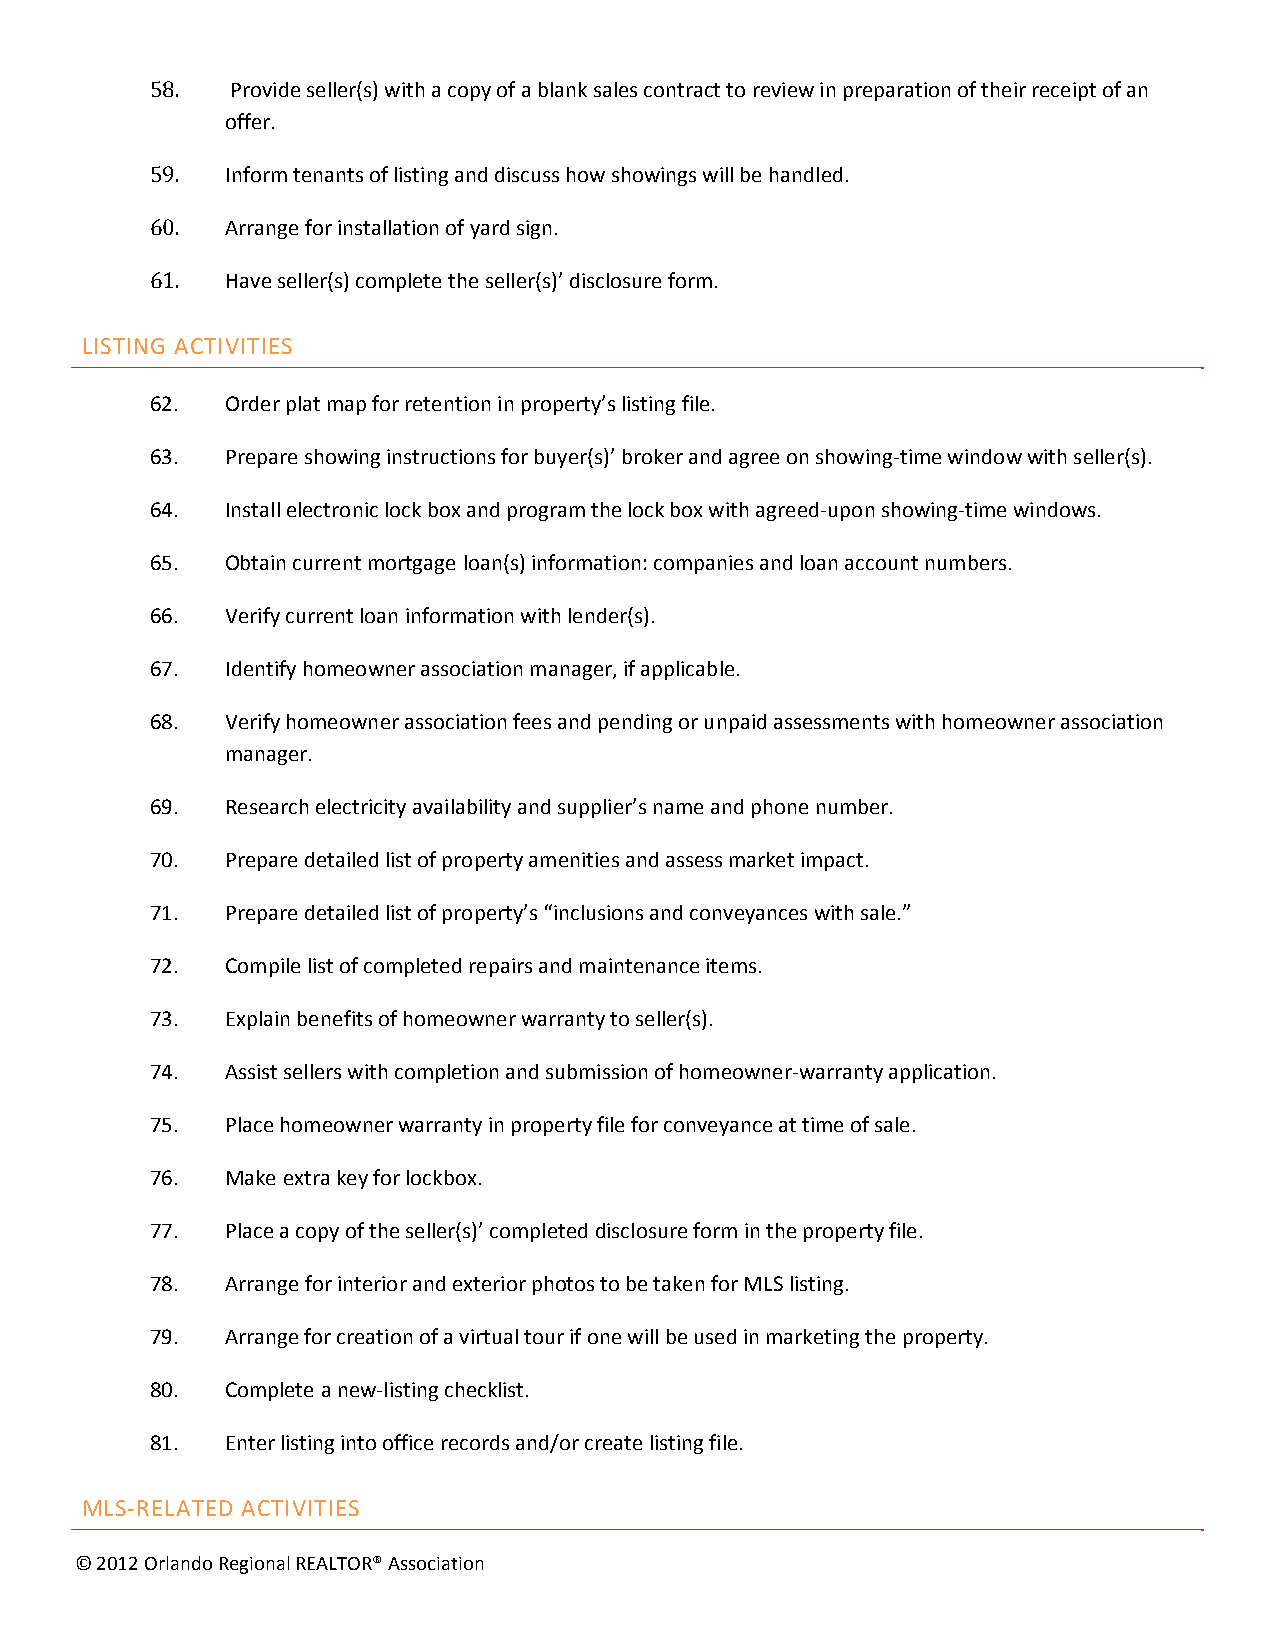
58.  Provide seller(s) with a copy of a blank sales contract to review in preparation of their receipt of an
 offer.
 59.  Inform tenants of listing and discuss how showings will be handled.
 60.  Arrange for installation of yard sign.
 61.  Have seller(s) complete the seller(s)’ disclosure form.
 LISTING ACTIVITIES
 62.  Order plat map for retention in property’s listing file.
 63.  Prepare showing instructions for buyer(s)’ broker and agree on showing-time window with seller(s).
 64.  Install electronic lock box and program the lock box with agreed-upon showing-time windows.
 65.  Obtain current mortgage loan(s) information: companies and loan account numbers.
 66.  Verify current loan information with lender(s).
 67.  Identify homeowner association manager, if applicable.
 68.  Verify homeowner association fees and pending or unpaid assessments with homeowner association
 manager.
 69.  Research electricity availability and supplier’s name and phone number.
 70.  Prepare detailed list of property amenities and assess market impact.
 71.  Prepare detailed list of property’s “inclusions and conveyances with sale.”
 72.  Compile list of completed repairs and maintenance items.
 73.  Explain benefits of homeowner warranty to seller(s).
 74.  Assist sellers with completion and submission of homeowner-warranty application.
 75.  Place homeowner warranty in property file for conveyance at time of sale.
 76.  Make extra key for lockbox.
 77.  Place a copy of the seller(s)’ completed disclosure form in the property file.
 78.  Arrange for interior and exterior photos to be taken for MLS listing.
 79.  Arrange for creation of a virtual tour if one will be used in marketing the property.
 80.  Complete a new-listing checklist.
 81.  Enter listing into office records and/or create listing file.
 MLS-RELATED ACTIVITIES
 © 2012 Orlando Regional REALTOR® Association